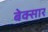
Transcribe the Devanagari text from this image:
बेक्सार